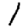
Digit: 1